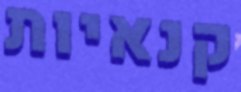
קנאיות